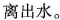
离出水。